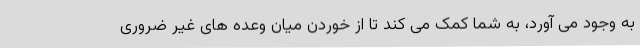
به وجود می آورد، به شما کمک می کند تا از خوردن میان وعده های غیر ضروری